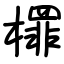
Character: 檌